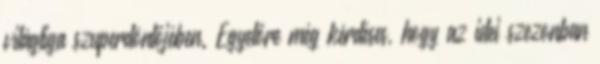
világliga szuperdöntőjében. Egyelőre még kérdéses, hogy az idei szezonban